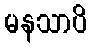
မနသာပိ